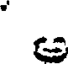
ఆ